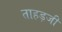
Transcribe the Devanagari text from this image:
ताहड़जी